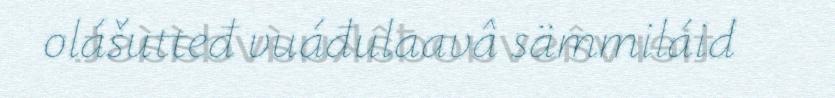
olášutteđ vuáđulaavâ sämmiláid